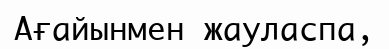
Ағайынмен жауласпа,